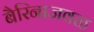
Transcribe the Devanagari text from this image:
बैरिनाजवळ